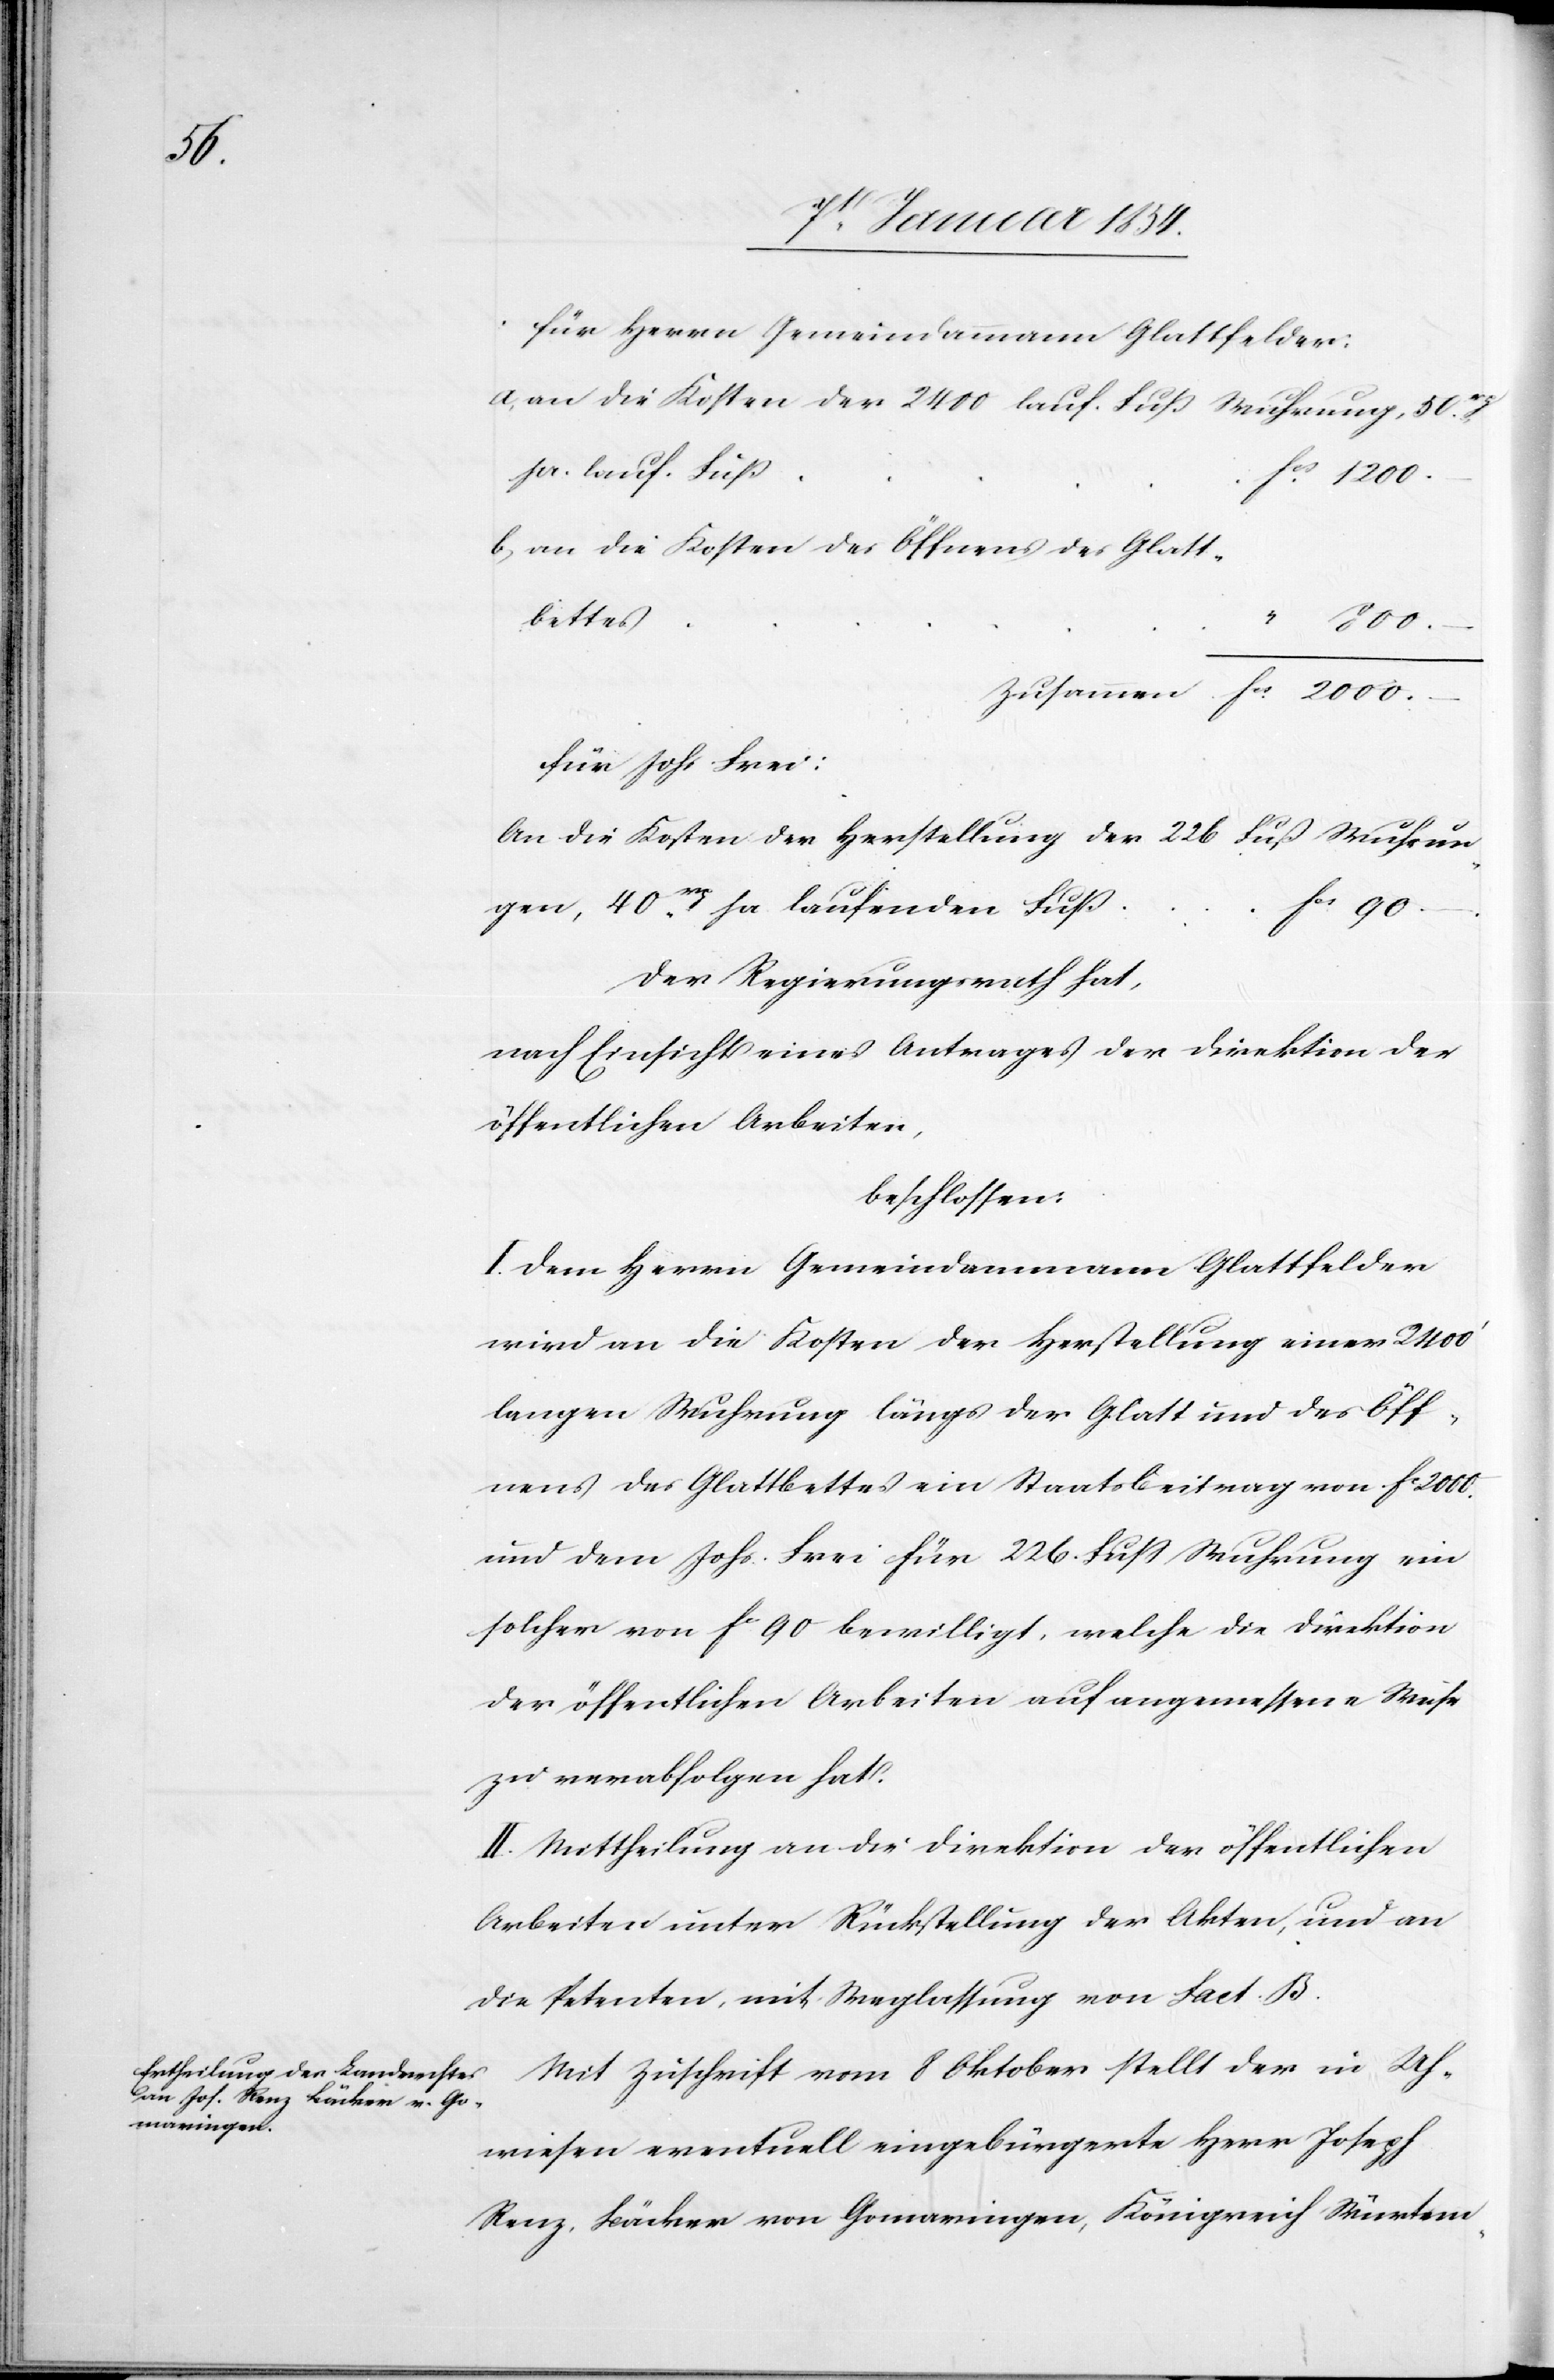
für Herrn Gemeindammann Glattfelder:
a) an die Kosten der 2400 lauf. Fuß Wuhrung,
pr. lauf. Fuß
b) an die Kosten des Öffnens der Glatt¬
bette¬
s	“	800.–
für Johs Frei:
An die Kosten der Herstellung der 226 Fuß Wuhrungen,
Der Regierungsrath hat,
nach Einsicht eines Antrages der Direktion der
öffentlichen Arbeiten,
beschlossen:
I. Dem Herrn Gemeindammann Glattfelder
wird an die Kosten der Herstellung einer 2400‘
langen Wuhrung längs der Glatt und des Öff¬
nens des Glattbettes ein Staatsbeitrag von fc 2000.
und dem Johs. Frei für 226. Fuß Wuhrung ein
solcher von fc 90 bewilligt, welche die Direktion
der öffentlichen Arbeiten auf angemessene Weise
zu verabfolgen hat.
II. Mittheilung an die Direktion der öffentlichen
Arbeiten unter Rückstellung der Akten, und an
die Petenten, mit Weglassung von Fact. B.
Mit Zuschrift vom 8 Oktober stellt der in Uh¬
wiesen eventuell eingebürgerte Herr Joseph
Renz, Bäcker von Gomaringen, Königreich Würtem-